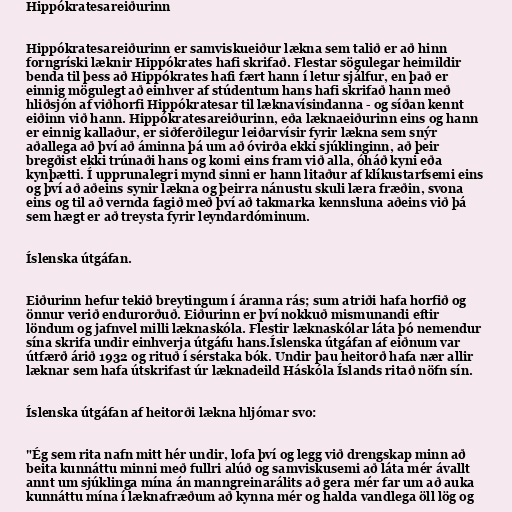
Hippókratesareiðurinn

Hippókratesareiðurinn er samviskueiður lækna sem talið er að hinn
forngríski læknir Hippókrates hafi skrifað. Flestar sögulegar heimildir
benda til þess að Hippókrates hafi fært hann í letur sjálfur, en það er
einnig mögulegt að einhver af stúdentum hans hafi skrifað hann með
hliðsjón af viðhorfi Hippókratesar til læknavísindanna - og síðan kennt
eiðinn við hann. Hippókratesareiðurinn, eða læknaeiðurinn eins og hann
er einnig kallaður, er siðferðilegur leiðarvísir fyrir lækna sem snýr
aðallega að því að áminna þá um að óvirða ekki sjúklinginn, að þeir
bregðist ekki trúnaði hans og komi eins fram við alla, óháð kyni eða
kynþætti. Í upprunalegri mynd sinni er hann litaður af klíkustarfsemi eins
og því að aðeins synir lækna og þeirra nánustu skuli læra fræðin, svona
eins og til að vernda fagið með því að takmarka kennsluna aðeins við þá
sem hægt er að treysta fyrir leyndardóminum.

Íslenska útgáfan.

Eiðurinn hefur tekið breytingum í áranna rás; sum atriði hafa horfið og
önnur verið endurorðuð. Eiðurinn er því nokkuð mismunandi eftir
löndum og jafnvel milli læknaskóla. Flestir læknaskólar láta þó nemendur
sína skrifa undir einhverja útgáfu hans.Íslenska útgáfan af eiðnum var
útfærð árið 1932 og rituð í sérstaka bók. Undir þau heitorð hafa nær allir
læknar sem hafa útskrifast úr læknadeild Háskóla Íslands ritað nöfn sín.

Íslenska útgáfan af heitorði lækna hljómar svo:

"Ég sem rita nafn mitt hér undir, lofa því og legg við drengskap minn að
beita kunnáttu minni með fullri alúð og samviskusemi að láta mér ávallt
annt um sjúklinga mína án manngreinarálits að gera mér far um að auka
kunnáttu mína í læknafræðum að kynna mér og halda vandlega öll lög og